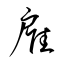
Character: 雇